Bombay plague: being a history of the progress of plague in the Bombay presidency from September 1896 to June 1899
Year: 1896
Disease focus: Plague
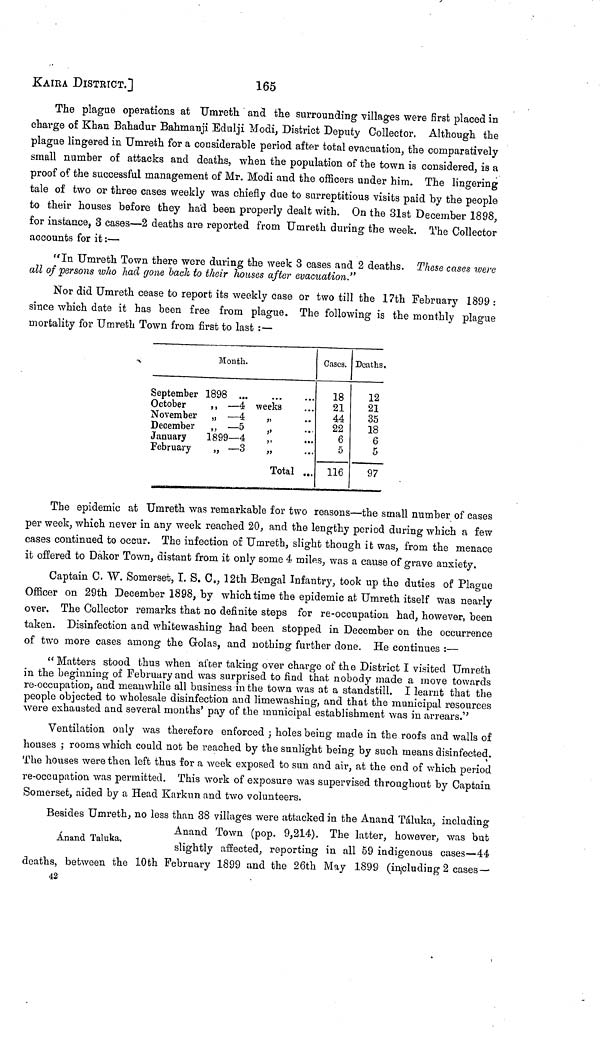
KAIRA DISTRICT.]
165
The plague operations at Umreth and the surrounding villages were first placed in
charge of Khan Bahadur Bahmanji Edulji Modi, District Deputy Collector. Although the
plague lingered in Umreth for a considerable period after total evacuation, the comparatively
small number of attacks and deaths, when the population of the town is considered, is a
proof of the successful management of Mr. Modi and the officers under him. The lingering
tale of two or three cases weekly was chiefly due to surreptitious visits paid by the people
to their houses before they had been properly dealt with. On the 81st December 1898,
for instance, 3 cases—2 deaths are reported from Umrebh during the week. The Collector
accounts for it :—
"In Umreth Town there were during the week 3 cases and 2 deaths. These cases were
all of persons who had gone bach to their houses after evacuation."
Nor did Umreth cease to report its weekly case or two till the 17th February 1899 :
since which date it has been free from plague. The following is the monthly plague
mortality for Umreth Town from first to last :—
September
October
November
December
January
February
Month.
1898 ...
,, -4
,,
-4
„ —5
1899—4
„ —3
weeks
,,
Total
...
..
...
...
.··
Cases.
18
21
44
22
6
5
116
Deaths.
12
21
35
18
6
5
97
The epidemic at Umreth was remarkable for two reasons—the small number of cases
per week, which never in any week reached 20, and the lengthy period during which a few
cases continued to occur. The infection of Umreth, slight though it was, from the menace
it offered to Dakor Town, distant from it only some 4 miles, was a canse of grave anxiety.
Captain C. W. Somerset, I. S. C., 12th Bengal Infantry, took up the duties of Plague
Officer on 29th December 1898, by which time the epidemic at Umreth itself was nearly
over. The Collector remarks that no definite steps for re-occupation had, however, been
taken. Disinfection and whitewashing had been stopped in December on the occurrence
of two more cases among the Golas, and nothing further done. He continues :—
"Matters stood thus when after taking over charge of the District I visited Umreth
in the beginning of February and was surprised to find that nobody made a move towards
re-occupation, and meanwhile all business in the town was at a standstill. I learnt that the
people objected to wholesale disinfection and limewashing, and that the municipal resources
were exhausted and several months' pay of the municipal establishment was in arrears."
Ventilation only was therefore enforced ; holes being made in the roofs and walls of
houses ; rooms which could not be reached by the sunlight being by such means disinfected.
The houses were then left thus for a week exposed to sun and air, at the end of which period
re-occupation was permitted. This work of exposure was supervised throughout by Captain
Somerset, aided by a Head Karkun and two volunteers.
Ánand Taluka.
Besides Umreth, no less than 38 villages were attacked in the Anand Táluka. including;
Anand Town (pop. 9,214). The latter, however, was but
slightly affected, reporting in all 59 indigenous cases—44
deaths, between the 10th February 1899 and the 26th May 1899 (including 2 cases—
42